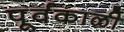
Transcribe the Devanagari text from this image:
पूर्वकाळी